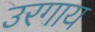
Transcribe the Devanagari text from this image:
उरगाय